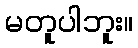
မတူပါဘူး။